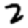
Digit: 2